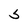
Character: S